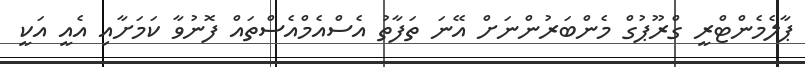
ޕާލެމެންޓްރީ ގްރޫޕުގް މެންބަރުންނަށް އޭނަ ތަފާތު އެސްއެމްއެސްތައް ފޮނުވާ ކަމަށާއި އެއީ އަކީ